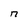
Character: n